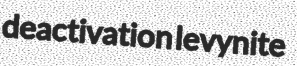
deactivation levynite